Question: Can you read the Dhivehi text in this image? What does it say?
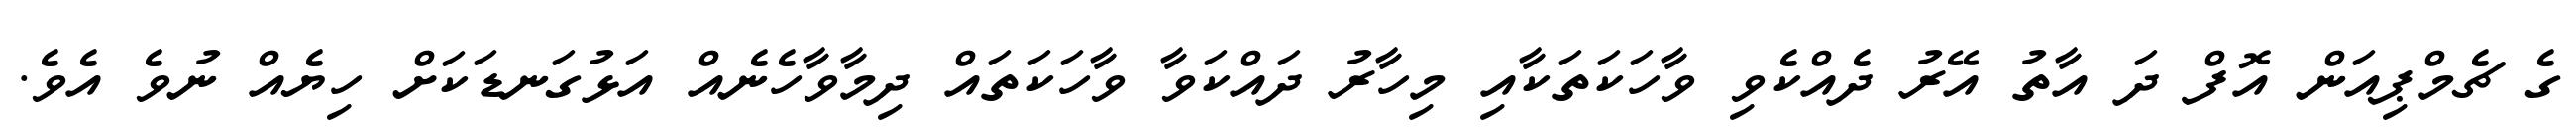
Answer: ގެ ޗެމްޕިއަން އޮފް ދަ އާތު އޭރު ދެއްކެވި ވާހަކަތަކާއި މިހާރު ދައްކަވާ ވާހަކަތައް ދިމާވާހެނެއް އަޅުގަނޑަކަށް ހިޔެއް ނުވެ އެވެ.